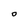
Character: O